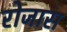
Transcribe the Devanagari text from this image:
रोजास